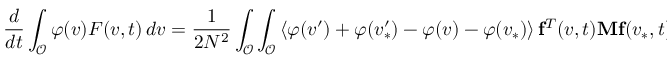
\frac { d } { d t } \int _ { \mathcal { O } } \varphi ( v ) F ( v , t ) \, d v = \frac { 1 } { 2 N ^ { 2 } } \int _ { \mathcal { O } } \int _ { \mathcal { O } } \left\langle \varphi ( v ^ { \prime } ) + \varphi ( v _ { \ast } ^ { \prime } ) - \varphi ( v ) - \varphi ( v _ { \ast } ) \right\rangle \mathbf { f } ^ { T } ( v , t ) \mathbf { M } \mathbf { f } ( v _ { \ast } , t ) \, d v \, d v _ { \ast }